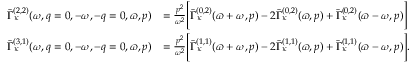
\begin{array} { r l } { \bar { \Gamma } _ { \kappa } ^ { ( 2 , 2 ) } ( \omega , q = 0 , - \omega , - q = 0 , \varpi , p ) } & { = \frac { p ^ { 2 } } { \omega ^ { 2 } } \Bigg [ \bar { \Gamma } _ { \kappa } ^ { ( 0 , 2 ) } ( \varpi + \omega , p ) - 2 \bar { \Gamma } _ { \kappa } ^ { ( 0 , 2 ) } ( \varpi , p ) + \bar { \Gamma } _ { \kappa } ^ { ( 0 , 2 ) } ( \varpi - \omega , p ) \Bigg ] } \\ { \bar { \Gamma } _ { \kappa } ^ { ( 3 , 1 ) } ( \omega , q = 0 , - \omega , - q = 0 , \varpi , p ) } & { = \frac { p ^ { 2 } } { \omega ^ { 2 } } \Bigg [ \bar { \Gamma } _ { \kappa } ^ { ( 1 , 1 ) } ( \varpi + \omega , p ) - 2 \bar { \Gamma } _ { \kappa } ^ { ( 1 , 1 ) } ( \varpi , p ) + \bar { \Gamma } _ { \kappa } ^ { ( 1 , 1 ) } ( \varpi - \omega , p ) \Bigg ] . } \end{array}